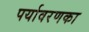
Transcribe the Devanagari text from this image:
पर्यावरणका